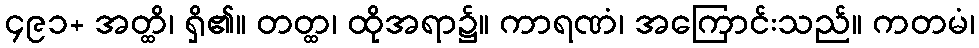
၄၉၁+ အတ္ထိ၊ ရှိ၏။ တတ္ထ၊ ထိုအရာ၌။ ကာရဏံ၊ အကြောင်းသည်။ ကတမံ၊